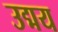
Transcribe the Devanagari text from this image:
उद्मय